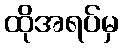
ထိုအရပ်မှ